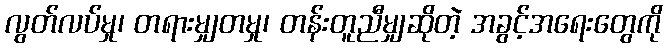
လွတ်လပ်မှု၊ တရားမျှတမှု၊ တန်းတူညီမျှဆိုတဲ့ အခွင့်အရေးတွေကို